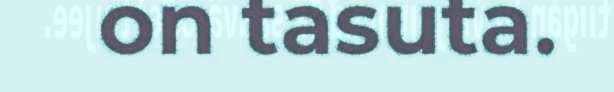
on tasuta.